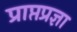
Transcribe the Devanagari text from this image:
प्राप्तप्रज्ञा